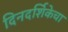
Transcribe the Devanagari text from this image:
दिनदर्शिकेचा